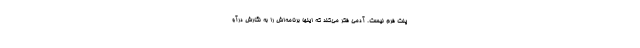
پلت فرم نیست. آدمی فکر می‌کند که اینها برنامه‌اش را به نگارش درآو